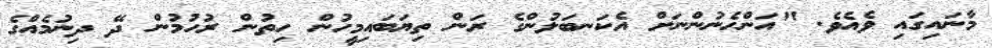
މާނައިގައި ވެއެވެ. "އަންހެނުންނަށް އެކަނބަލުންގެ ރަން ތިޔަބައިމީހުން ހިތުން ރުހުމުން ދޭ ދިނުމެއްގެ